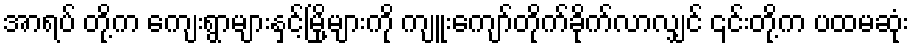
အာရပ် တို့က ကျေးရွာများနှင့်မြို့များကို ကျူးကျော်တိုက်ခိုက်လာလျှင် ၎င်းတို့က ပထမဆုံး